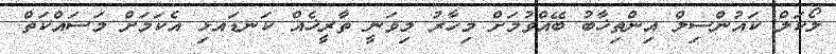
ލޯކަލް ކައުންސިލް އިންތިޚާބު ބޭއްވުމަށް މިހާރު މިވަނީ ތާރީޚެއް ކަނޑައޅި އެކަމަށް މަސައްކަތް